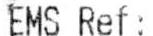
EMS REF.: